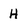
Character: H